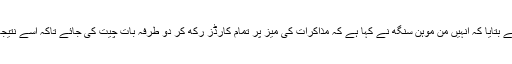
وزیرِاعظم گیلانی نے بتایا کہ انہیں من موہن سنگھ نے کہا ہے کہ مذاکرات کی میز پر تمام کارڈز رکھ کر دو طرفہ بات چیت کی جائے تاکہ اسے نتیجہ خیز بنایا جاسکے۔